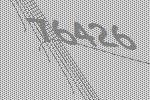
76426